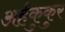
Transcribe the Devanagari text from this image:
अर्हकुकुर